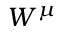
W ^ { \mu }